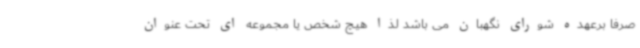
صرفا برعهده شورای نگهبان می باشد لذا هیچ شخص یا مجموعه ای تحت عنوان